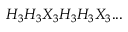
H _ { 3 } H _ { 3 } X _ { 3 } H _ { 3 } H _ { 3 } X _ { 3 } . . .